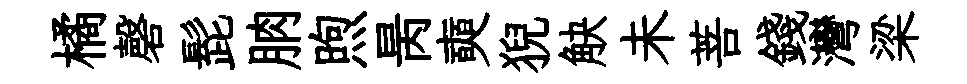
橘磬髭朒煦昺奭猊觖未菩錢灣梁